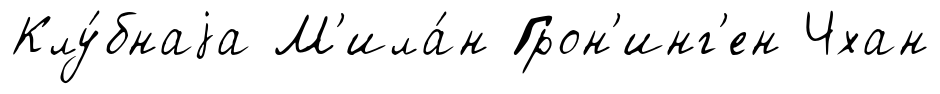
Клу́бнаjа М'ила́н Грон'инг'ен Чхан